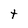
Character: t